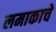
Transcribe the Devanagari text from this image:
लमाकाचे